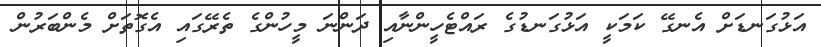
އަޅުގަނޑަށް އެނގޭ ކަމަކީ އަޅުގަނޑުގެ ރައްޓެހީންނާއި ދަންނަ މީހުންގެ ތެރޭގައި އެގޮތަށް މެންބަރުން